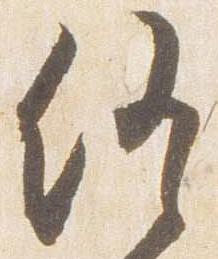
終